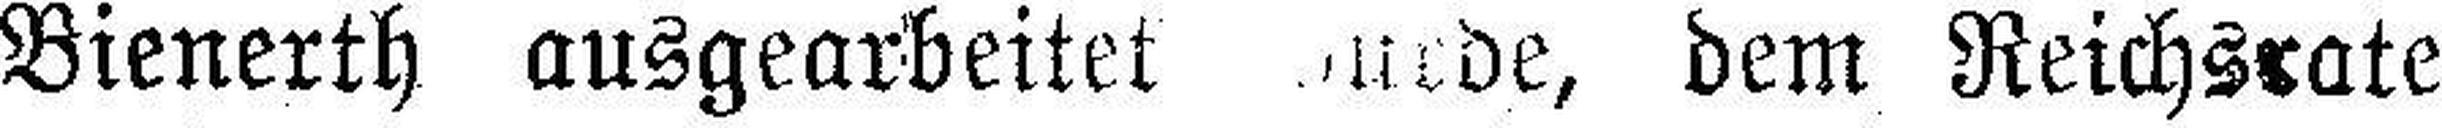
Bienerth ausgearbeitet ###urde, dem Reichsrate